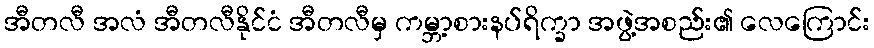
အီတလီ အလံ အီတလီနိုင်ငံ အီတလီမှ ကမ္ဘာ့စားနပ်ရိက္ခာ အဖွဲ့အစည်း၏ လေကြောင်း